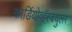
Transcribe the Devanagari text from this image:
कार्डियोव्हॅस्क्युलर